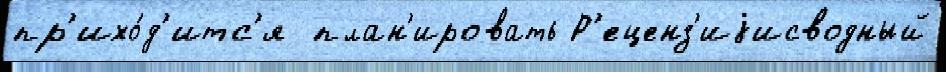
пр'ихо́д'итс'я  план'ировать Р'еценз'иjисводный